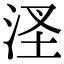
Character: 㳗